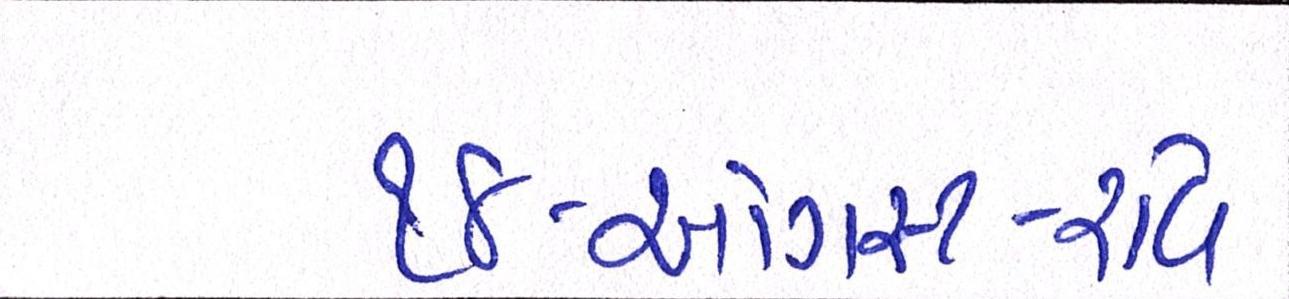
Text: ૧૪-ઓગસ્ટ-રવિ